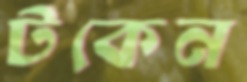
টকেন